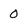
Character: 0